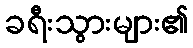
ခရီးသွားများ၏